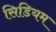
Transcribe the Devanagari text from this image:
सिडियम